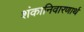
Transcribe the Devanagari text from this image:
शंकानिवारणार्थ